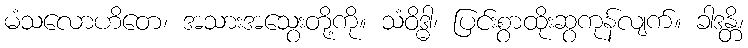
မံသလောဟိတေ၊ အသားအသွေးတို့ကို။ သံဝိဒ္ဓါ၊ ပြင်းစွာထိုးဆွကုန်လျက်။ ခါဒန္တိ၊